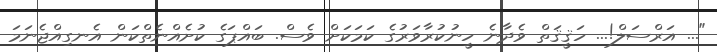
"... އަރްސަލް!... ހަޤީޤަތް ވެދާނެ ހީނުކުރާވަރުގެ ކަމަކަށް ވެސް. ބައްޕަގެ ކުށެއްނެތްކަން އެނގިއްޖެނަމަ